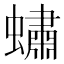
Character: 𧑛